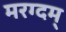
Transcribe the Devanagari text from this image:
मरग्दम्